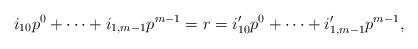
LaTeX: \begin{align*}i_{10}p^0+\cdots+i_{1,m-1}p^{m-1}=r=i_{10}'p^0+\cdots+i_{1,m-1}'p^{m-1},\end{align*}